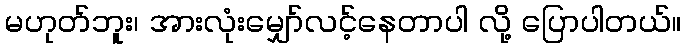
မဟုတ်ဘူး၊ အားလုံးမျှော်လင့်နေတာပါ လို့ ပြောပါတယ်။